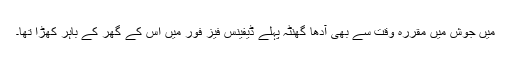
میں جوش میں مقررہ وقت سے بھی آدھا گھنٹہ پہلے ڈیفینس فیز فور میں اس کے گھر کے باہر کھڑا تھا۔